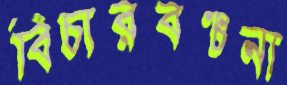
বিচারবঞ্চনা